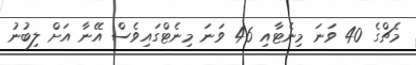
މެޗްގެ 40 ވަނަ މިނެޓާއި 46 ވަނަ މިނެޓްގައިވެސް އޭނާ އަށް ލިބުނު